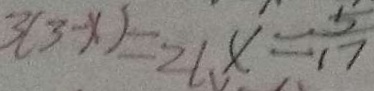
3 ( 3 - x ) = 2 6 x = \frac { 5 } { 1 7 }